Leaving Certificate Examination, 1914
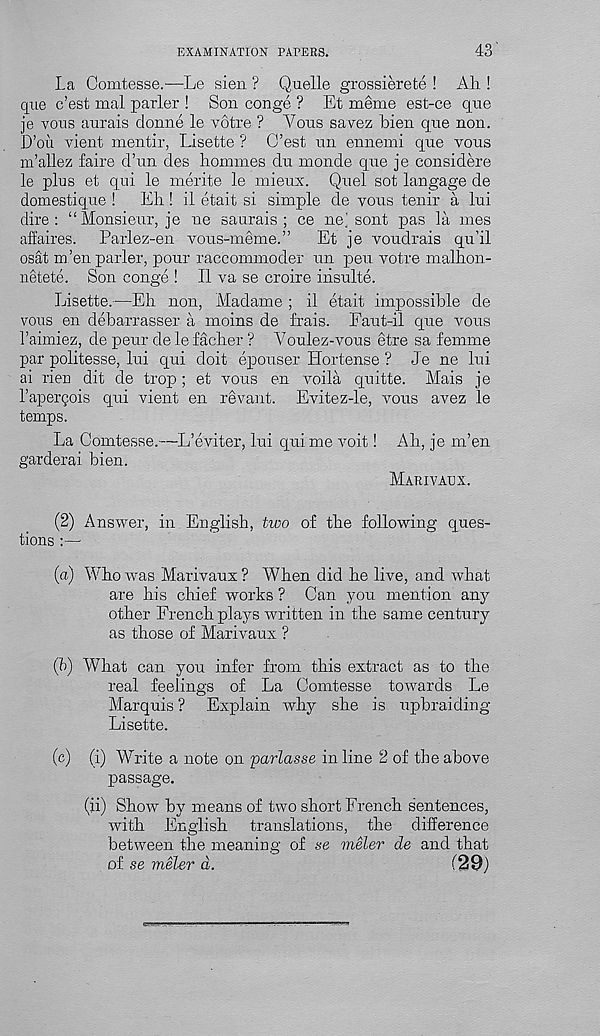
EXAMINATION PAFEKS.
43’
La Comtesse.—Le sien ? Quelle grossierete ! Ah !
que c’est mal parler ! Son conge ? Et meme est-ce que
je vous aurais donne le votre ? Yous savez bien que non.
D’ou vient mentir, Lisette ? G’est un ennemi que vous
m’allez faire d’un des homines du monde que je considere
le plus et qui le nierite le mieux. Quel sot langage de
domestique !
Eh! il etait si simple de vous tenir a lui
dire: “Monsieur, je ne saurais ; ce ne' sont pas la mes
affaires. Parlez-en vous-meme.”
Et je voudrais qu’il
osat m.’en parler, pour raccommoder un pen votre malhon-
netete. Son conge ! II va se croire iiisulte.
Lisette.—Eh non, Madame ; il etait impossible de
vous en debarrasser a moins de frais. Faut-il que vous
I’aimiez, de peur de le facher ? You lez-vous etre sa femme
par politesse, lui qui doit epouser Hortense ? Je ne lui
ai rien dit de trop; et vous en voila quitte. Mais je
I’aperqois qui vient en revant. Evitez-le, vous avez le
temps.
La Comtesse.—L’eviter, lui qui me voit! Ah, je mien
garderai bien.
Marivaux.
(2) Answer, in English, two of the following ques-
tions :—
(a) Who was Marivaux ? When did he live, and what
are his chief works ? Can you mention any
other French plays written in the same century
as those of Marivaux ?
(?>) What can you infer from this extract as to the
real feelings of La Comtesse towards Le
Marquis ? Explain why she is upbraiding
Lisette.
(c) (i) Write a note on parlasse in line 2 of the above
passage.
(ii) Show by means of two short French sentences,
with English translations, the difference
between the meaning of se meler de and that
of se meler d.
( 29)